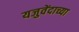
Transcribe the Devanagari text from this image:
यजुवेंदाच्या